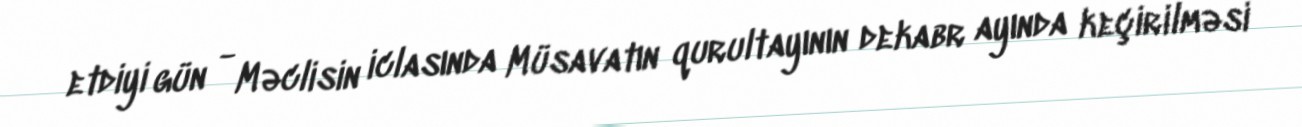
etdiyi gün - Məclisin iclasında Müsavatın qurultayının dekabr ayında keçirilməsi